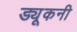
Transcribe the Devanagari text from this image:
ड्यूकनी